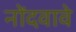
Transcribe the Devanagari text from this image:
नोंदवावे